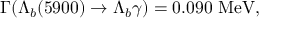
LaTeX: \Gamma ( \Lambda _ { b } ( 5 9 0 0 ) \to \Lambda _ { b } \gamma ) = 0 . 0 9 0 \mathrm { ~ M e V } ,